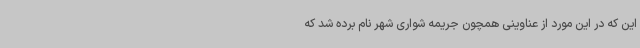
این که در این مورد از عناوینی همچون جریمه شواری شهر نام برده شد که